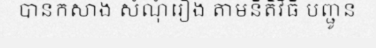
បានកសាង សំណុំរឿង តាមនីតិវិធី បញ្ជូន